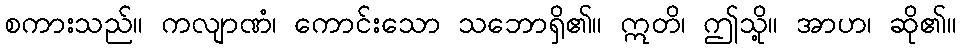
စကားသည်။ ကလျာဏံ၊ ကောင်းသော သဘောရှိ၏။ ဣတိ၊ ဤသို့။ အာဟ၊ ဆို၏။